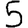
Digit: 5